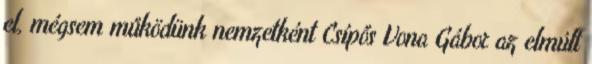
el, mégsem működünk nemzetként Csípős Vona Gábor az elmúlt